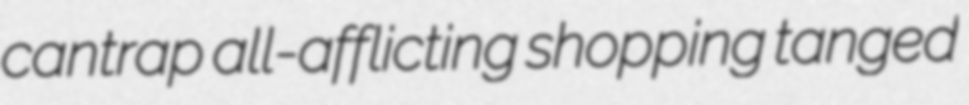
cantrap all-afflicting shopping tanged